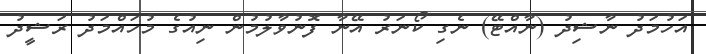
އަހުމަދު ނާޝިދު (ނާއްޓޭ) ނެގި ކޯނަރު އޭނާ ފޮނުވާލުމުން ނިއުގެ މުހައްމަދު ރަޝީދު